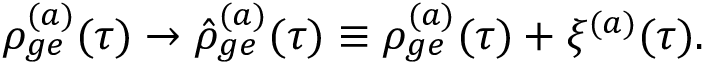
\rho _ { g e } ^ { ( a ) } ( \tau ) \rightarrow \hat { \rho } _ { g e } ^ { ( a ) } ( \tau ) \equiv \rho _ { g e } ^ { ( a ) } ( \tau ) + \xi ^ { ( a ) } ( \tau ) .